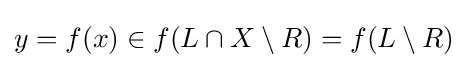
y=f(x)\in f(L\cap X\setminus R)=f(L\setminus R)